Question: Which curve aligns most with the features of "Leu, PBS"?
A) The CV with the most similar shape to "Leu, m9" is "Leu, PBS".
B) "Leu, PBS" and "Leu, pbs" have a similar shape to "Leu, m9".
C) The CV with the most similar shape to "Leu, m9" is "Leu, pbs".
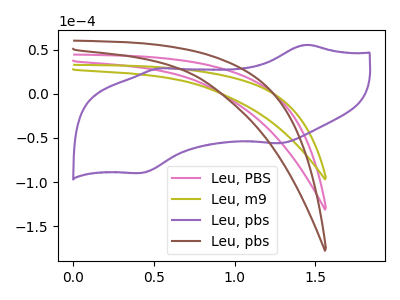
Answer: <think>The pink curve "Leu, PBS" has no peaks. The olive curve "Leu, m9" has no peaks. The purple curve "Leu, pbs" has anodic peaks at (1.45V, 55.50uA) (0.55V, 28.75uA) and cathodic peaks at (1.30V, -56.10uA) (0.40V, -89.80uA). The brown curve "Leu, pbs" has no peaks.
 Neither "Leu, PBS" or "Leu, m9" have any peaks. "Leu, PBS" and "Leu, pbs" have a different number of peaks. Neither "Leu, PBS" or "Leu, pbs" have any peaks. "Leu, m9" and "Leu, pbs" have a different number of peaks. Neither "Leu, m9" or "Leu, pbs" have any peaks. "Leu, pbs" and "Leu, pbs" have a different number of peaks.</think>
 <answer>B) "Leu, PBS" and "Leu, pbs" have a similar shape to "Leu, m9".</answer>
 <eval>B</eval>